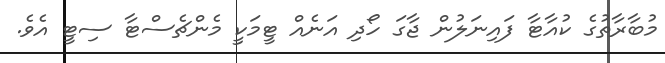
މުބާރާތުގެ ކުއާޓާ ފައިނަލުން ޖާގަ ހޯދި އަނެއް ޓީމަކީ މެންޗެސްޓާ ސިޓީ އެވެ.